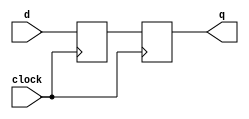
/*
 * Clock Helper Modules
 *
 * Copyright (c) 2017-2021 Alexei A. Smekalkine <ikle@ikle.ru>
 *
 * SPDX-License-Identifier: BSD-2-Clause
 */

`ifndef CLOCK_V
`define CLOCK_V  1

module sync (
	input clock, input d, output reg q
);
	reg buffer;

	always @(posedge clock) #1
		buffer <= d;

	always @(negedge clock) #1
		q <= buffer;
endmodule

module filter #(
	parameter MAX = 8
)(
	input reset, input clock, input d, output reg q, output reg lock
);
	localparam MIN = 0;
	localparam W   = $clog2 (MAX + 1);

	wire d_sync;
	reg [W-1:0] count;

	sync s0 (~clock, d, d_sync);

	always @(posedge reset, negedge clock) #1
		if (reset)
			count <= MIN;
		else
		if (d_sync)
			count <= (count == MAX) ? count : count + 1;
		else
			count <= (count == MIN) ? count : count - 1;

	always @(negedge clock) #1
		case (count)
		MIN:	q <= 0;
		MAX:	q <= 1;
		endcase

	always @(negedge clock) #1
		case (count)
		MIN:		lock <=  q;
		MAX:		lock <= ~q;
		default:	lock <=  0;
		endcase
endmodule

module alarm #(
	parameter PERIOD = 16,
	parameter PHASE  = 8
)(
	input reset, input clock, output q
);
	localparam W = $clog2 (PERIOD);

	reg [W-1:0] count;

	always @(posedge reset, negedge clock) #1
		if (reset)
			count <= 0;
		else
			count <= (count == PERIOD - 1) ? 0 : count + 1;

	assign q = (count == PHASE);
endmodule

`endif  /* CLOCK_V */